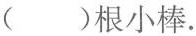
( )根小棒.